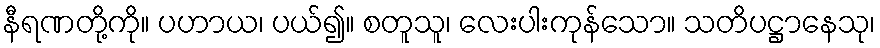
နီရဏတို့ကို။ ပဟာယ၊ ပယ်၍။ စတူသူ၊ လေးပါးကုန်သော။ သတိပဋ္ဌာနေသု၊